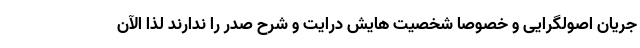
جریان اصولگرایی و خصوصا شخصیت هایش درایت و شرح صدر را ندارند لذا الآن